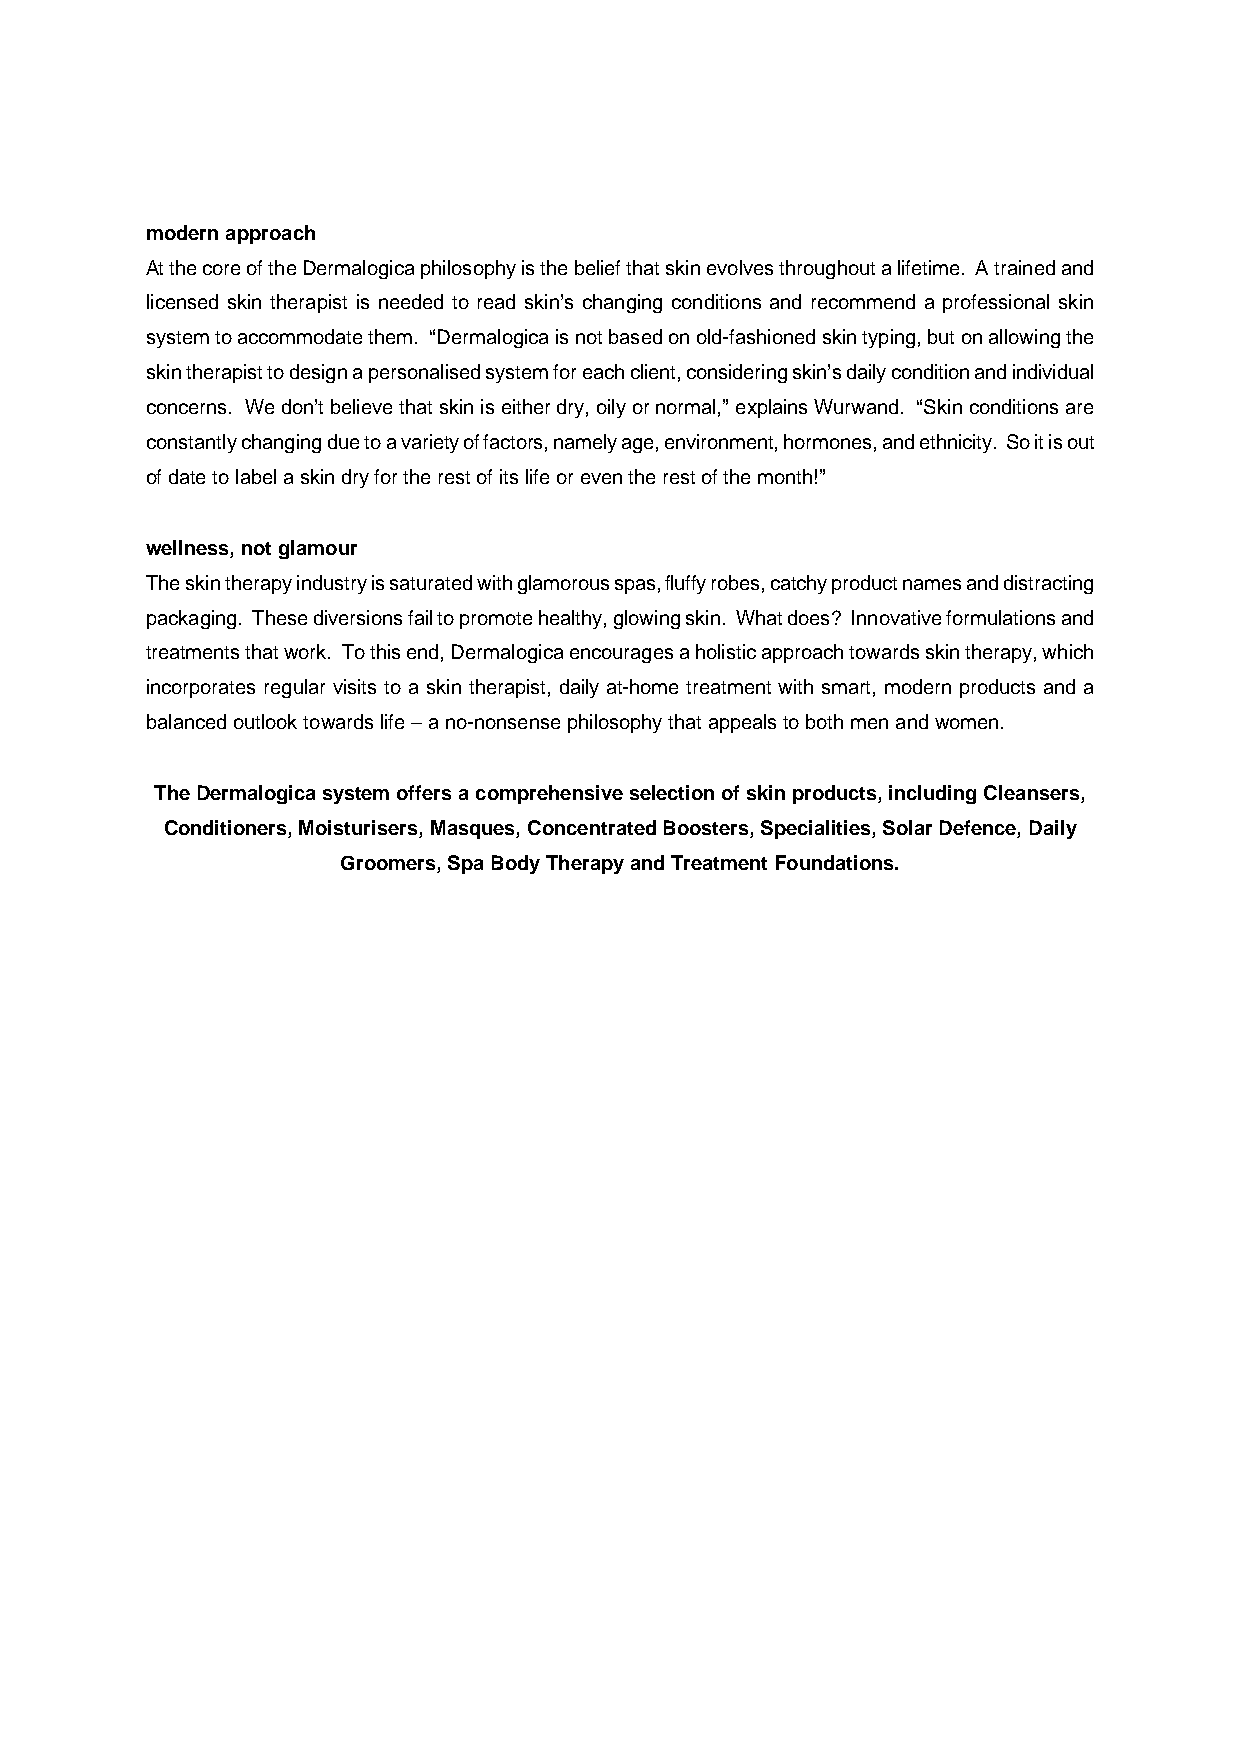
modern approach
 At the core of the Dermalogica philosophy is the belief that skin evolves throughout a lifetime. A trained and
 licensed skin therapist is needed to read skin’s changing conditions and recommend a professional skin
 system to accommodate them. “Dermalogica is not based on old-fashioned skin typing, but on allowing the
 skin therapist to design a personalised system for each client, considering skin’s daily condition and individual
 concerns. We don’t believe that skin is either dry, oily or normal,” explains Wurwand. “Skin conditions are
 constantly changing due to a variety of factors, namely age, environment, hormones, and ethnicity. So it is out
 of date to label a skin dry for the rest of its life or even the rest of the month!”
 wellness, not glamour
 The skin therapy industry is saturated with glamorous spas, fluffy robes, catchy product names and distracting
 packaging. These diversions fail to promote healthy, glowing skin. What does? Innovative formulations and
 treatments that work. To this end, Dermalogica encourages a holistic approach towards skin therapy, which
 incorporates regular visits to a skin therapist, daily at-home treatment with smart, modern products and a
 balanced outlook towards life – a no-nonsense philosophy that appeals to both men and women.
 The Dermalogica system offers a comprehensive selection of skin products, including Cleansers,
 Conditioners, Moisturisers, Masques, Concentrated Boosters, Specialities, Solar Defence, Daily
 Groomers, Spa Body Therapy and Treatment Foundations.